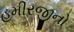
હમીરજીનો